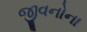
જીવનોના